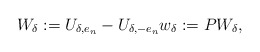
\begin{align*}W_\delta:=U_{\delta,e_n}-U_{\delta,-e_n} w_\delta:=P W_{\delta},\end{align*}